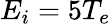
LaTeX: E_{i}=5T_{e}